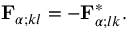
{ \mathbf { F } } _ { \alpha ; k l } = - { \mathbf { F } } _ { \alpha ; l k } ^ { * } .